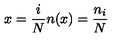
x = \frac { i } { N } n ( x ) = \frac { n _ { i } } { N }